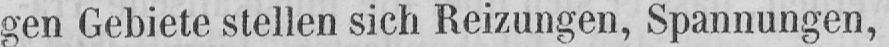
gen Gebiete stellen sich Reizungen, Spannungen,